Indian journal of veterinary science and animal husbandry - Volumes 18-21, 1948-1951
Year: 1948
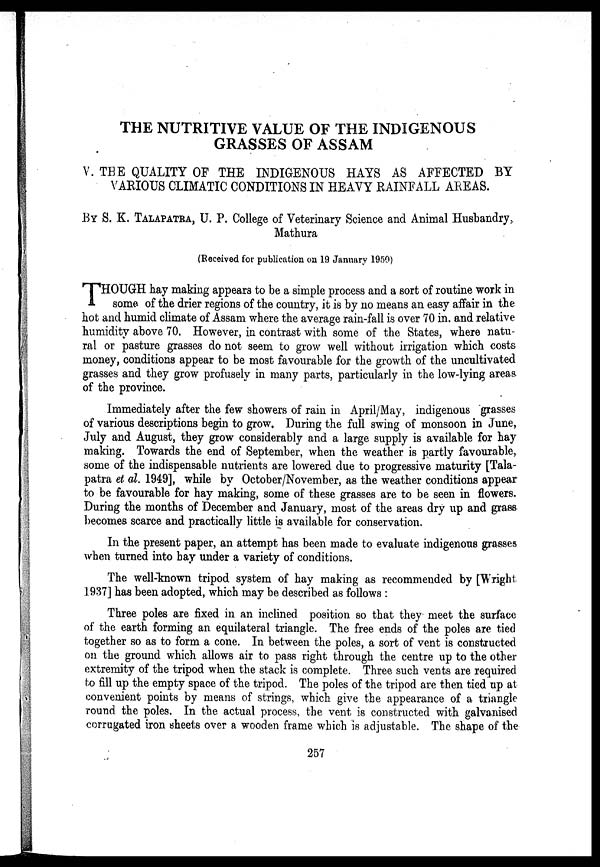
THE NUTRITIVE VALUE OF THE INDIGENOUS
GRASSES OF ASSAM
V. THE QUALITY OF THE INDIGENOUS HAYS AS AFFECTED BY
VARIOUS CLIMATIC CONDITIONS IN HEAVY RAINFALL AREAS.
BY S. K. TALAPATRA, U. P. College of Veterinary Science and Animal Husbandry,
Mathura
(Received for publication on 19 January 1950)
THOUGH hay making appears to be a simple process and a sort of routine work in
some of the drier regions of the country, it is by no means an easy affair in the
hot and humid climate of Assam where the average rain-fall is over 70 in. and relative
humidity above 70. However, in contrast with some of the States, where natu-
ral or pasture grasses do not seem to grow well without irrigation which costs
money, conditions appear to be most favourable for the growth of the uncultivated
grasses and they grow profusely in many parts, particularly in the low-lying areas
of the province.
Immediately after the few showers of rain in April/May, indigenous grasses
of various descriptions begin to grow. During the full swing of monsoon in June,
July and August, they grow considerably and a large supply is available for hay
making. Towards the end of September, when the weather is partly favourable,
some of the indispensable nutrients are lowered due to progressive maturity [Tala-
patra et al. 1949], while by October/November, as the weather conditions appear
to be favourable for hay making, some of these grasses are to be seen in flowers.
During the months of December and January, most of the areas dry up and grass
becomes scarce and practically little is available for conservation.
In the present paper, an attempt has been made to evaluate indigenous grasses
when turned into bay under a variety of conditions.
The well-known tripod system of hay making as recommended by [Wright
1937] has been adopted, which may be described as follows:
Three poles are fixed in an inclined position so that they meet the surface
of the earth forming an equilateral triangle. The free ends of the poles are tied
together so as to form a cone. In between the poles, a sort of vent is constructed
on the ground which allows air to pass right through the centre up to the other
extremity of the tripod when the stack is complete. Three such vents are required
to fill up the empty space of the tripod. The poles of the tripod are then tied up at
convenient points by means of strings, which give the appearance of a triangle
round the poles. In the actual process, the vent is constructed with galvanised
corrugated iron sheets over a wooden frame which is adjustable. The shape of the
257